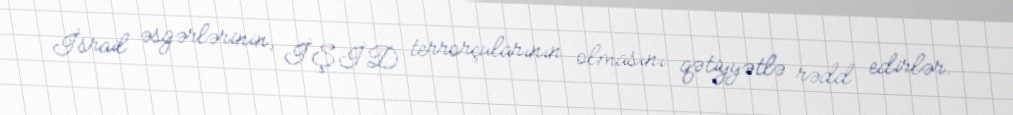
İsrail əsgərlərinin, İŞİD terrorçularının olmasını qətiyyətlə rədd edirlər.